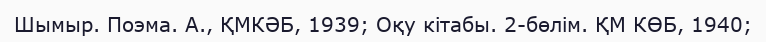
Шымыр. Поэма. А., ҚМКӘБ, 1939; Оқу кітабы. 2-бөлім. ҚМ КӨБ, 1940;